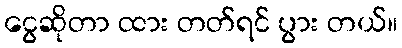
ငွေဆိုတာ ထား တတ်ရင် ပွား တယ်။